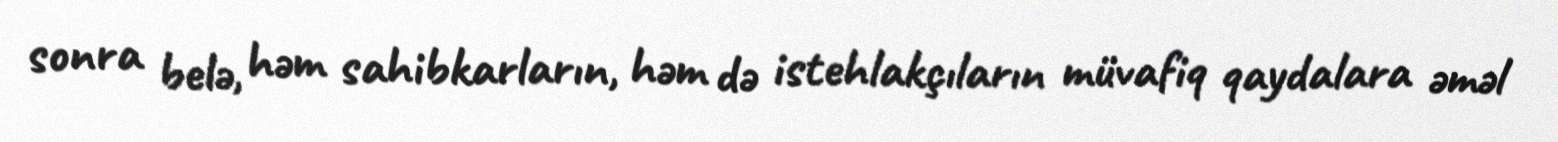
sonra belə, həm sahibkarların, həm də istehlakçıların müvafiq qaydalara əməl